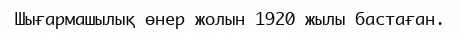
Шығармашылық өнер жолын 1920 жылы бастаған.